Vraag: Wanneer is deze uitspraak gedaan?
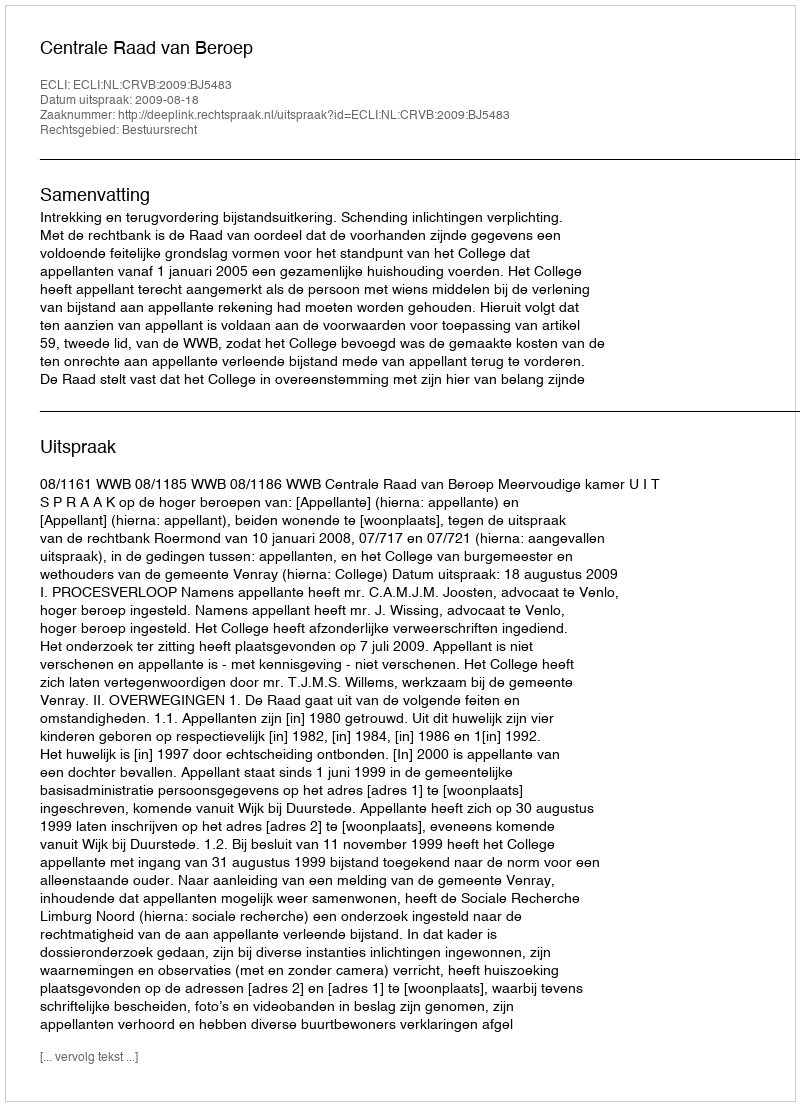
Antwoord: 2009-08-18